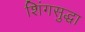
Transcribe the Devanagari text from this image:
शिंगसुद्धा